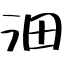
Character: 沺